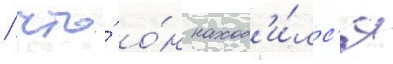
/ что́ о́н наход'и́лс'я